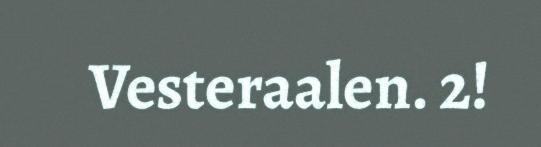
Vesteraalen. 2!